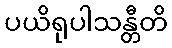
ပယိရုပါသန္တီတိ